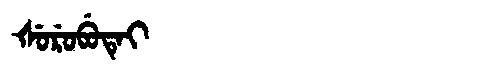
Manchu: ᡧᡠᡵᡠᠪᡠᡨᡝᡳ
Romanization: ŠURUBUTEI